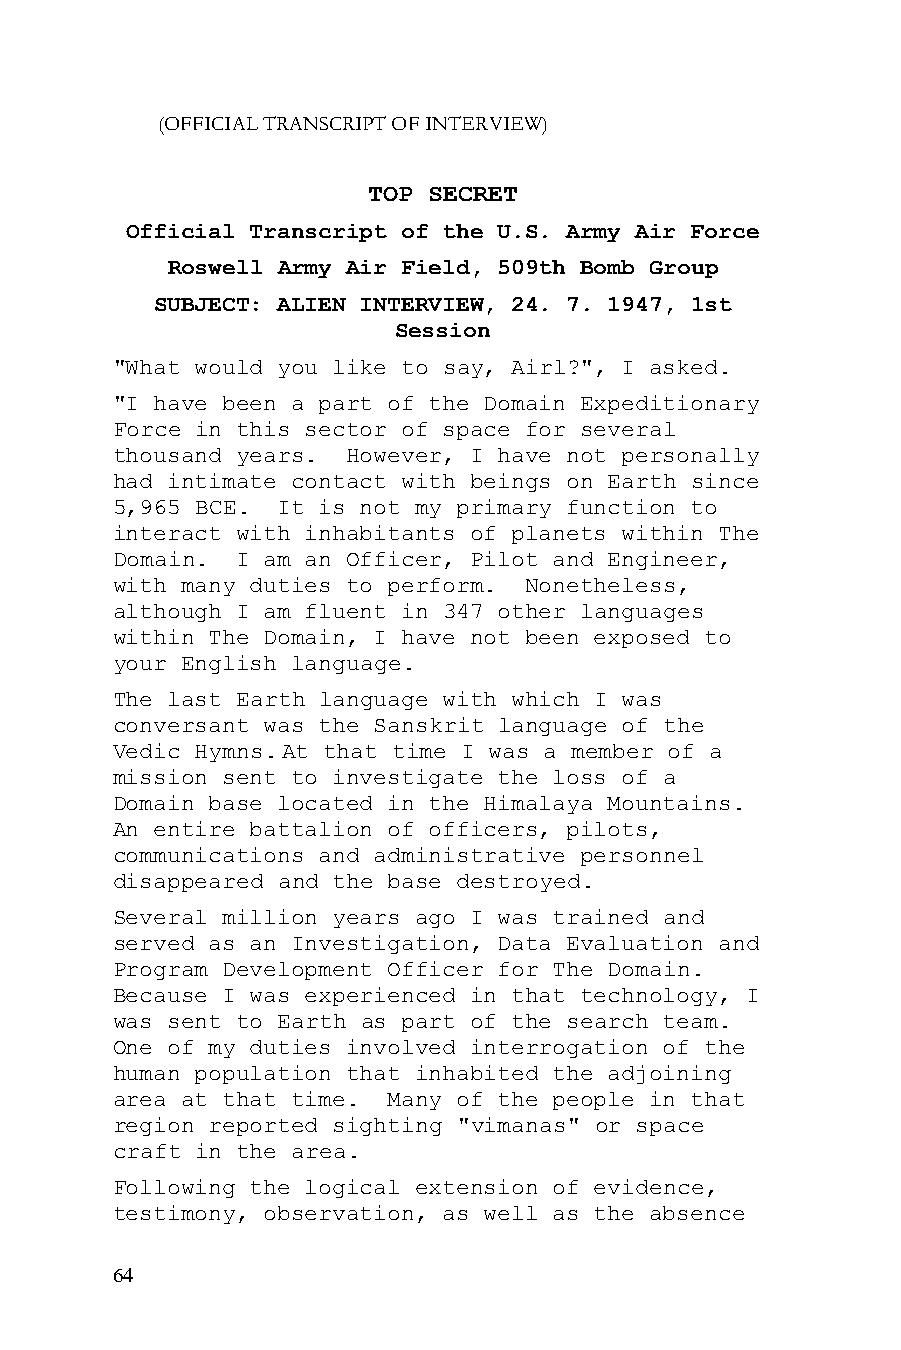
(OFFICIAL TRANSCRIPT OF INTERVIEW)
 TOP SECRET
 Official Transcript of the U.S. Army Air Force
 Roswell Army Air Field, 509th Bomb Group
 SUBJECT: ALIEN INTERVIEW, 24. 7. 1947, 1st
 Session
 "What would you like to say, Airl?", I asked.
 "I have been a part of the Domain Expeditionary
 Force in this sector of space for several
 thousand years. However, I have not personally
 had intimate contact with beings on Earth since
 5,965 BCE. It is not my primary function to
 interact with inhabitants of planets within The
 Domain.  I am an Officer, Pilot and Engineer,
 with many duties to perform. Nonetheless,
 although I am fluent in 347 other languages
 within The Domain, I have not been exposed to
 your English language.
 The last Earth language with which I was
 conversant was the Sanskrit language of the
 Vedic Hymns. At that time I was a member of a
 mission sent to investigate the loss of a
 Domain base located in the Himalaya Mountains.
 An entire battalion of officers, pilots,
 communications and administrative personnel
 disappeared and the base destroyed.
 Several million years ago I was trained and
 served as an Investigation, Data Evaluation and
 Program Development Officer for The Domain.
 Because I was experienced in that technology, I
 was sent to Earth as part of the search team.
 One of my duties involved interrogation of the
 human population that inhabited the adjoining
 area at that time. Many of the people in that
 region reported sighting "vimanas" or space
 craft in the area.
 Following the logical extension of evidence,
 testimony, observation, as well as the absence
 64